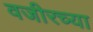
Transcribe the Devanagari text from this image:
वजीरच्या